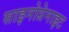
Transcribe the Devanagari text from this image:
साइनोग्रेनाइट